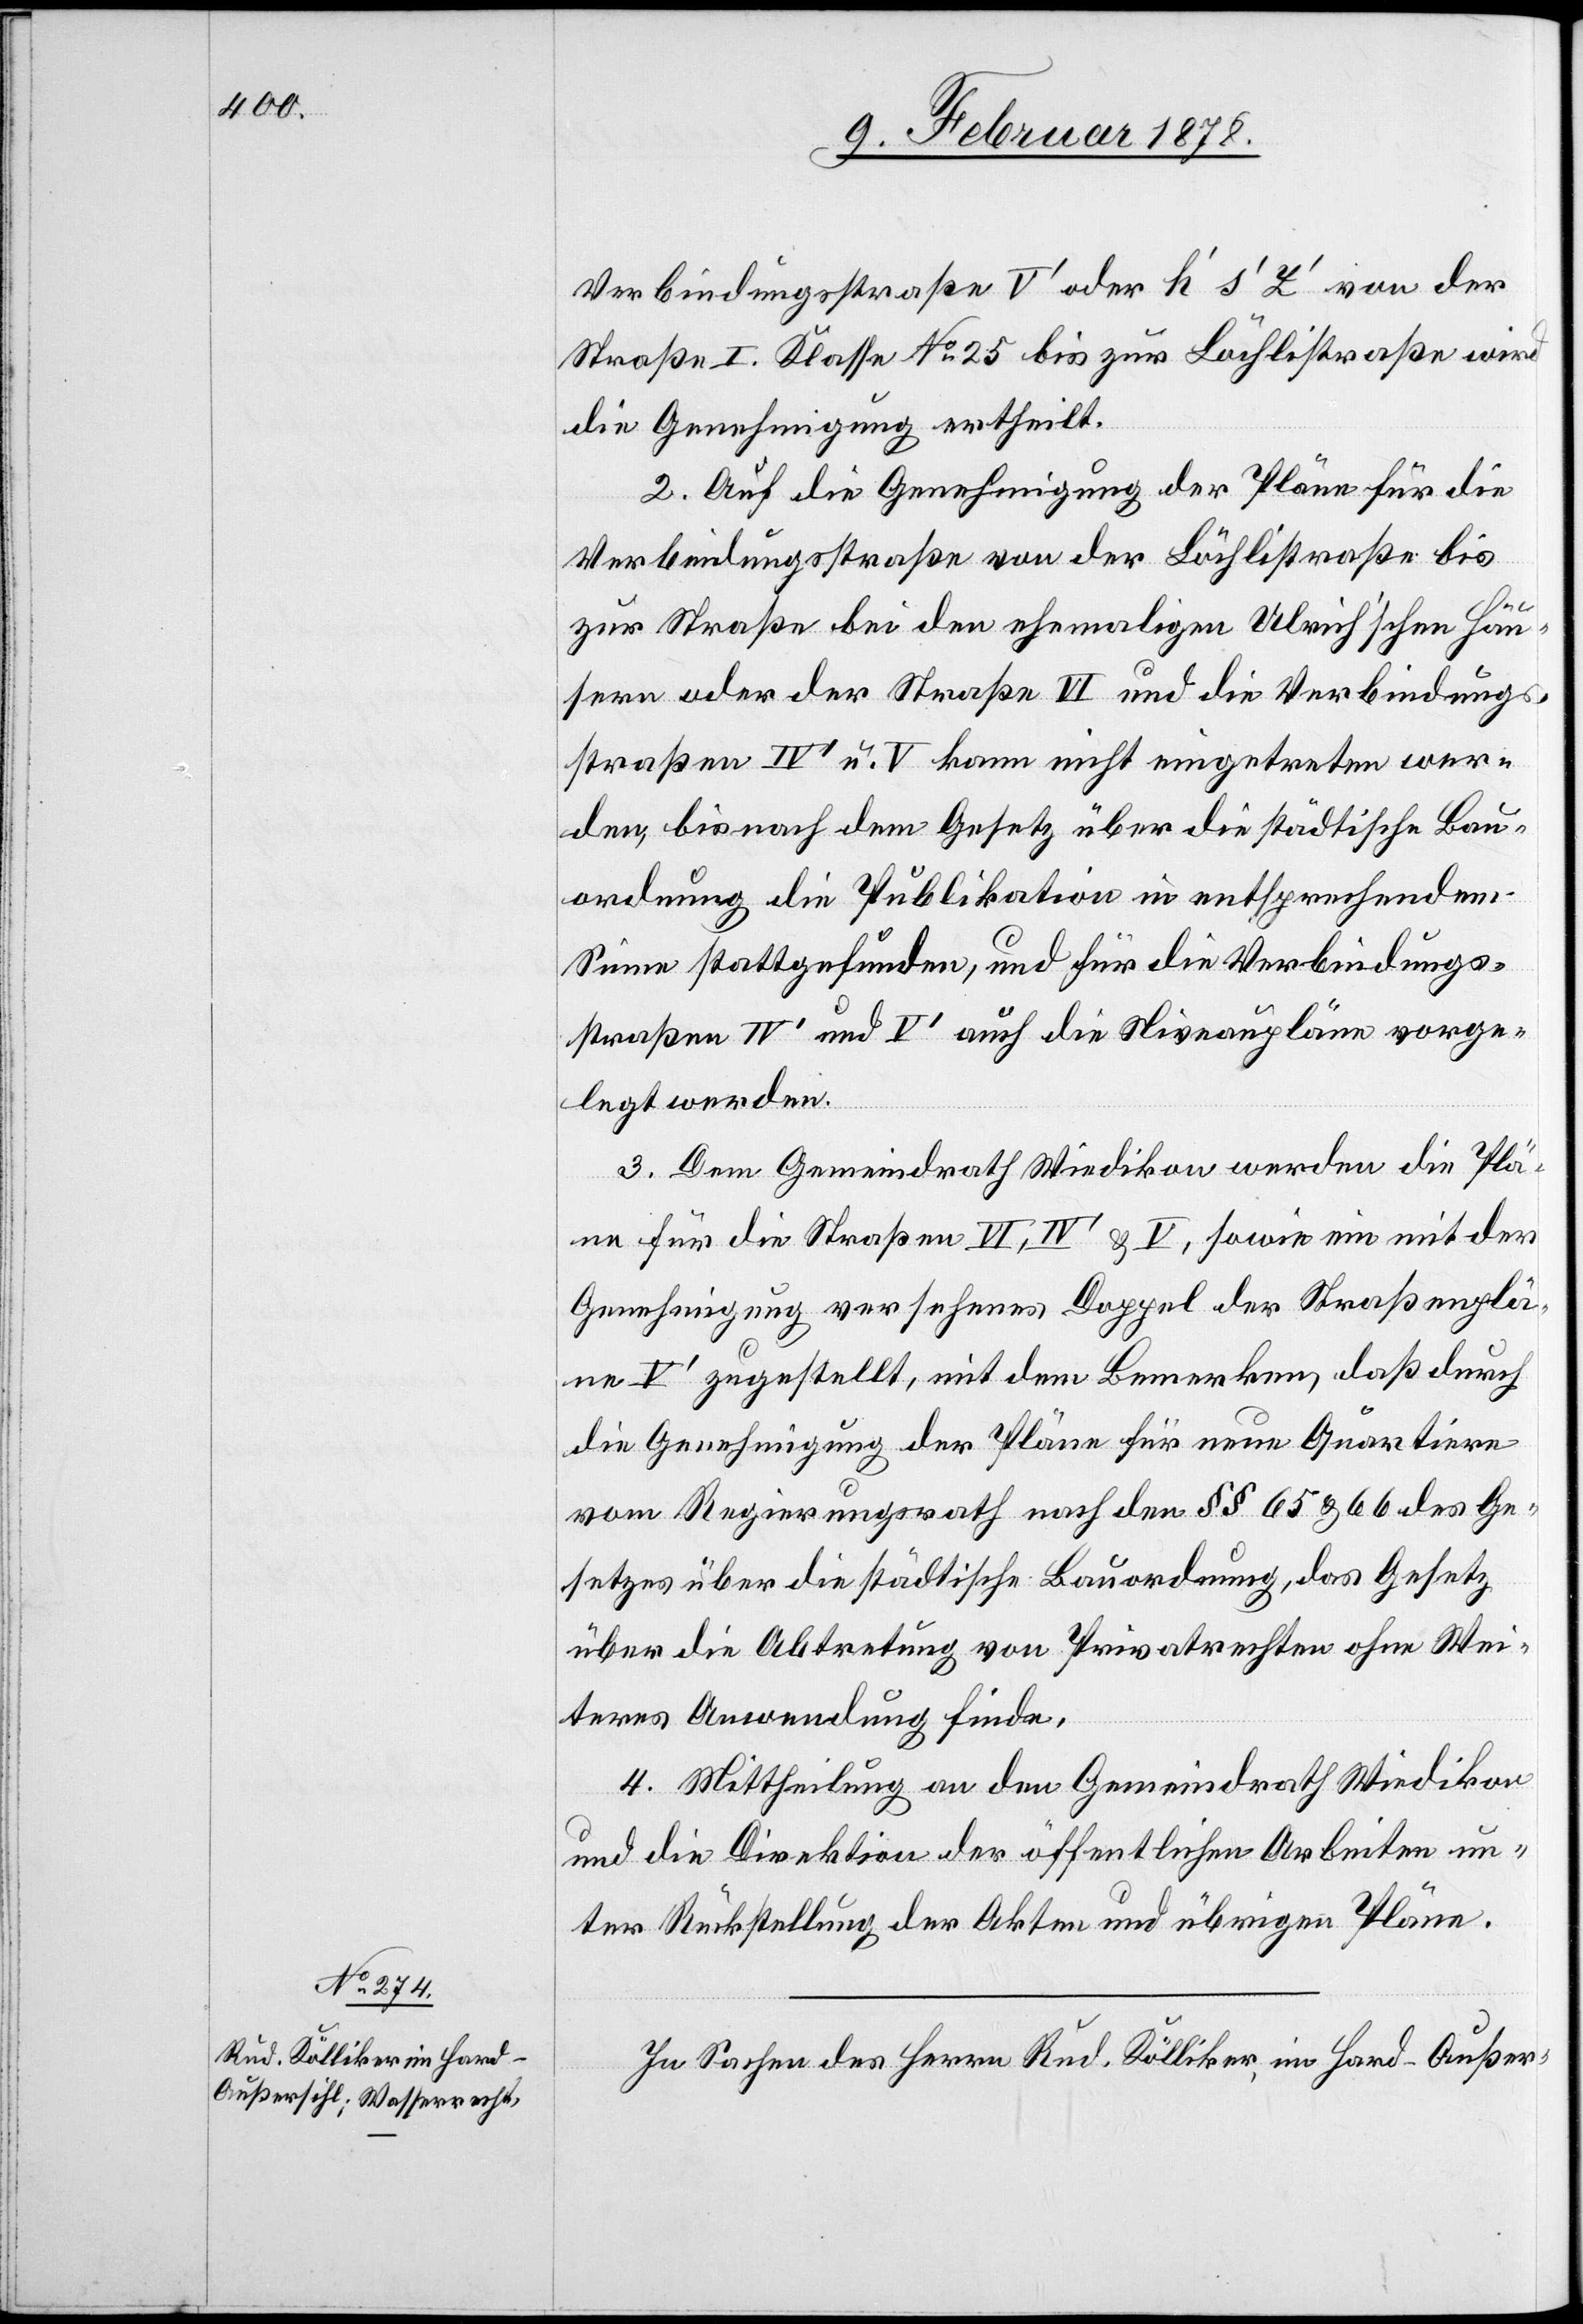
Verbindungsstraße V’ oder h’ s’ Y’ von der
Straße I. Klasse No 25 bis zur Bächlistraße wird
die Genehmigung ertheilt.
2. Auf die Genehmigung der Pläne für die
Verbindungsstraße von der Bächlistraße bis
zur Straße bei den ehemaligen Ulrich’schen Häu¬
sern oder der Straße VI und die Verbindungs¬
straßen IV’ u. V kann nicht eingetreten wer¬
den, bis nach dem Gesetz über die städtische Bau¬
ordnung die Publikation in entsprechendem
Sinne stattgefunden, und für die Verbindungs¬
straßen IV’ und V’ auch die Niveaupläne vorge¬
legt werden.
3. Dem Gemeindrath Wiedikon werden die Plä¬
ne für die Straßen VI, IV’ & V, sowie ein mit der
Genehmigung versehenes Doppel der Straßenplä¬
ne V’ zugestellt, mit dem Bemerken, daß durch
die Genehmigung der Pläne für neue Quartiere
vom Regierungsrath nach den §§ 65 & 66 des Ge¬
setzes über die städtische Bauordnung, das Gesetz
über die Abtretung von Privatrechten ohne Wei¬
teres Anwendung finde.
4. Mittheilung an den Gemeindrath Wiedikon
und die Direktion der öffentlichen Arbeiten un¬
ter Rückstellung der Akten und übrigen Pläne.
In Sachen des Herrn Rud. Kölliker, im Hard - Außer-